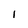
Character: i